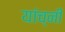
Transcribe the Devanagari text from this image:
यांच्नी